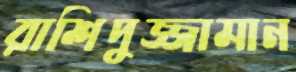
রাশিদুজ্জামান